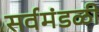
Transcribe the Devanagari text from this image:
सर्वमंडळी